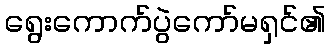
ရွေးကောက်ပွဲကော်မရှင်၏